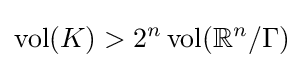
\operatorname {vol} (K)>2^{n}\operatorname {vol} (\mathbb {R} ^{n}/\Gamma )